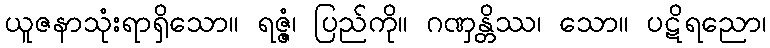
ယူဇနာသုံးရာရှိသော။ ရဇ္ဇံ၊ ပြည်ကို။ ဂဏှန္တိဿ၊ သော။ ပဋိရညော၊